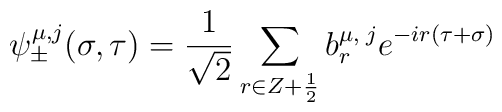
\psi_{\pm}^{\mu,j}(\sigma,\tau)=\frac{1}{\sqrt 2}\sum_{r\in Z+\frac{1}{2}}b_r^{\mu,\;j}e^{-ir (\tau+\sigma)}